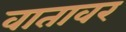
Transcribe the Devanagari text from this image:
वातावर